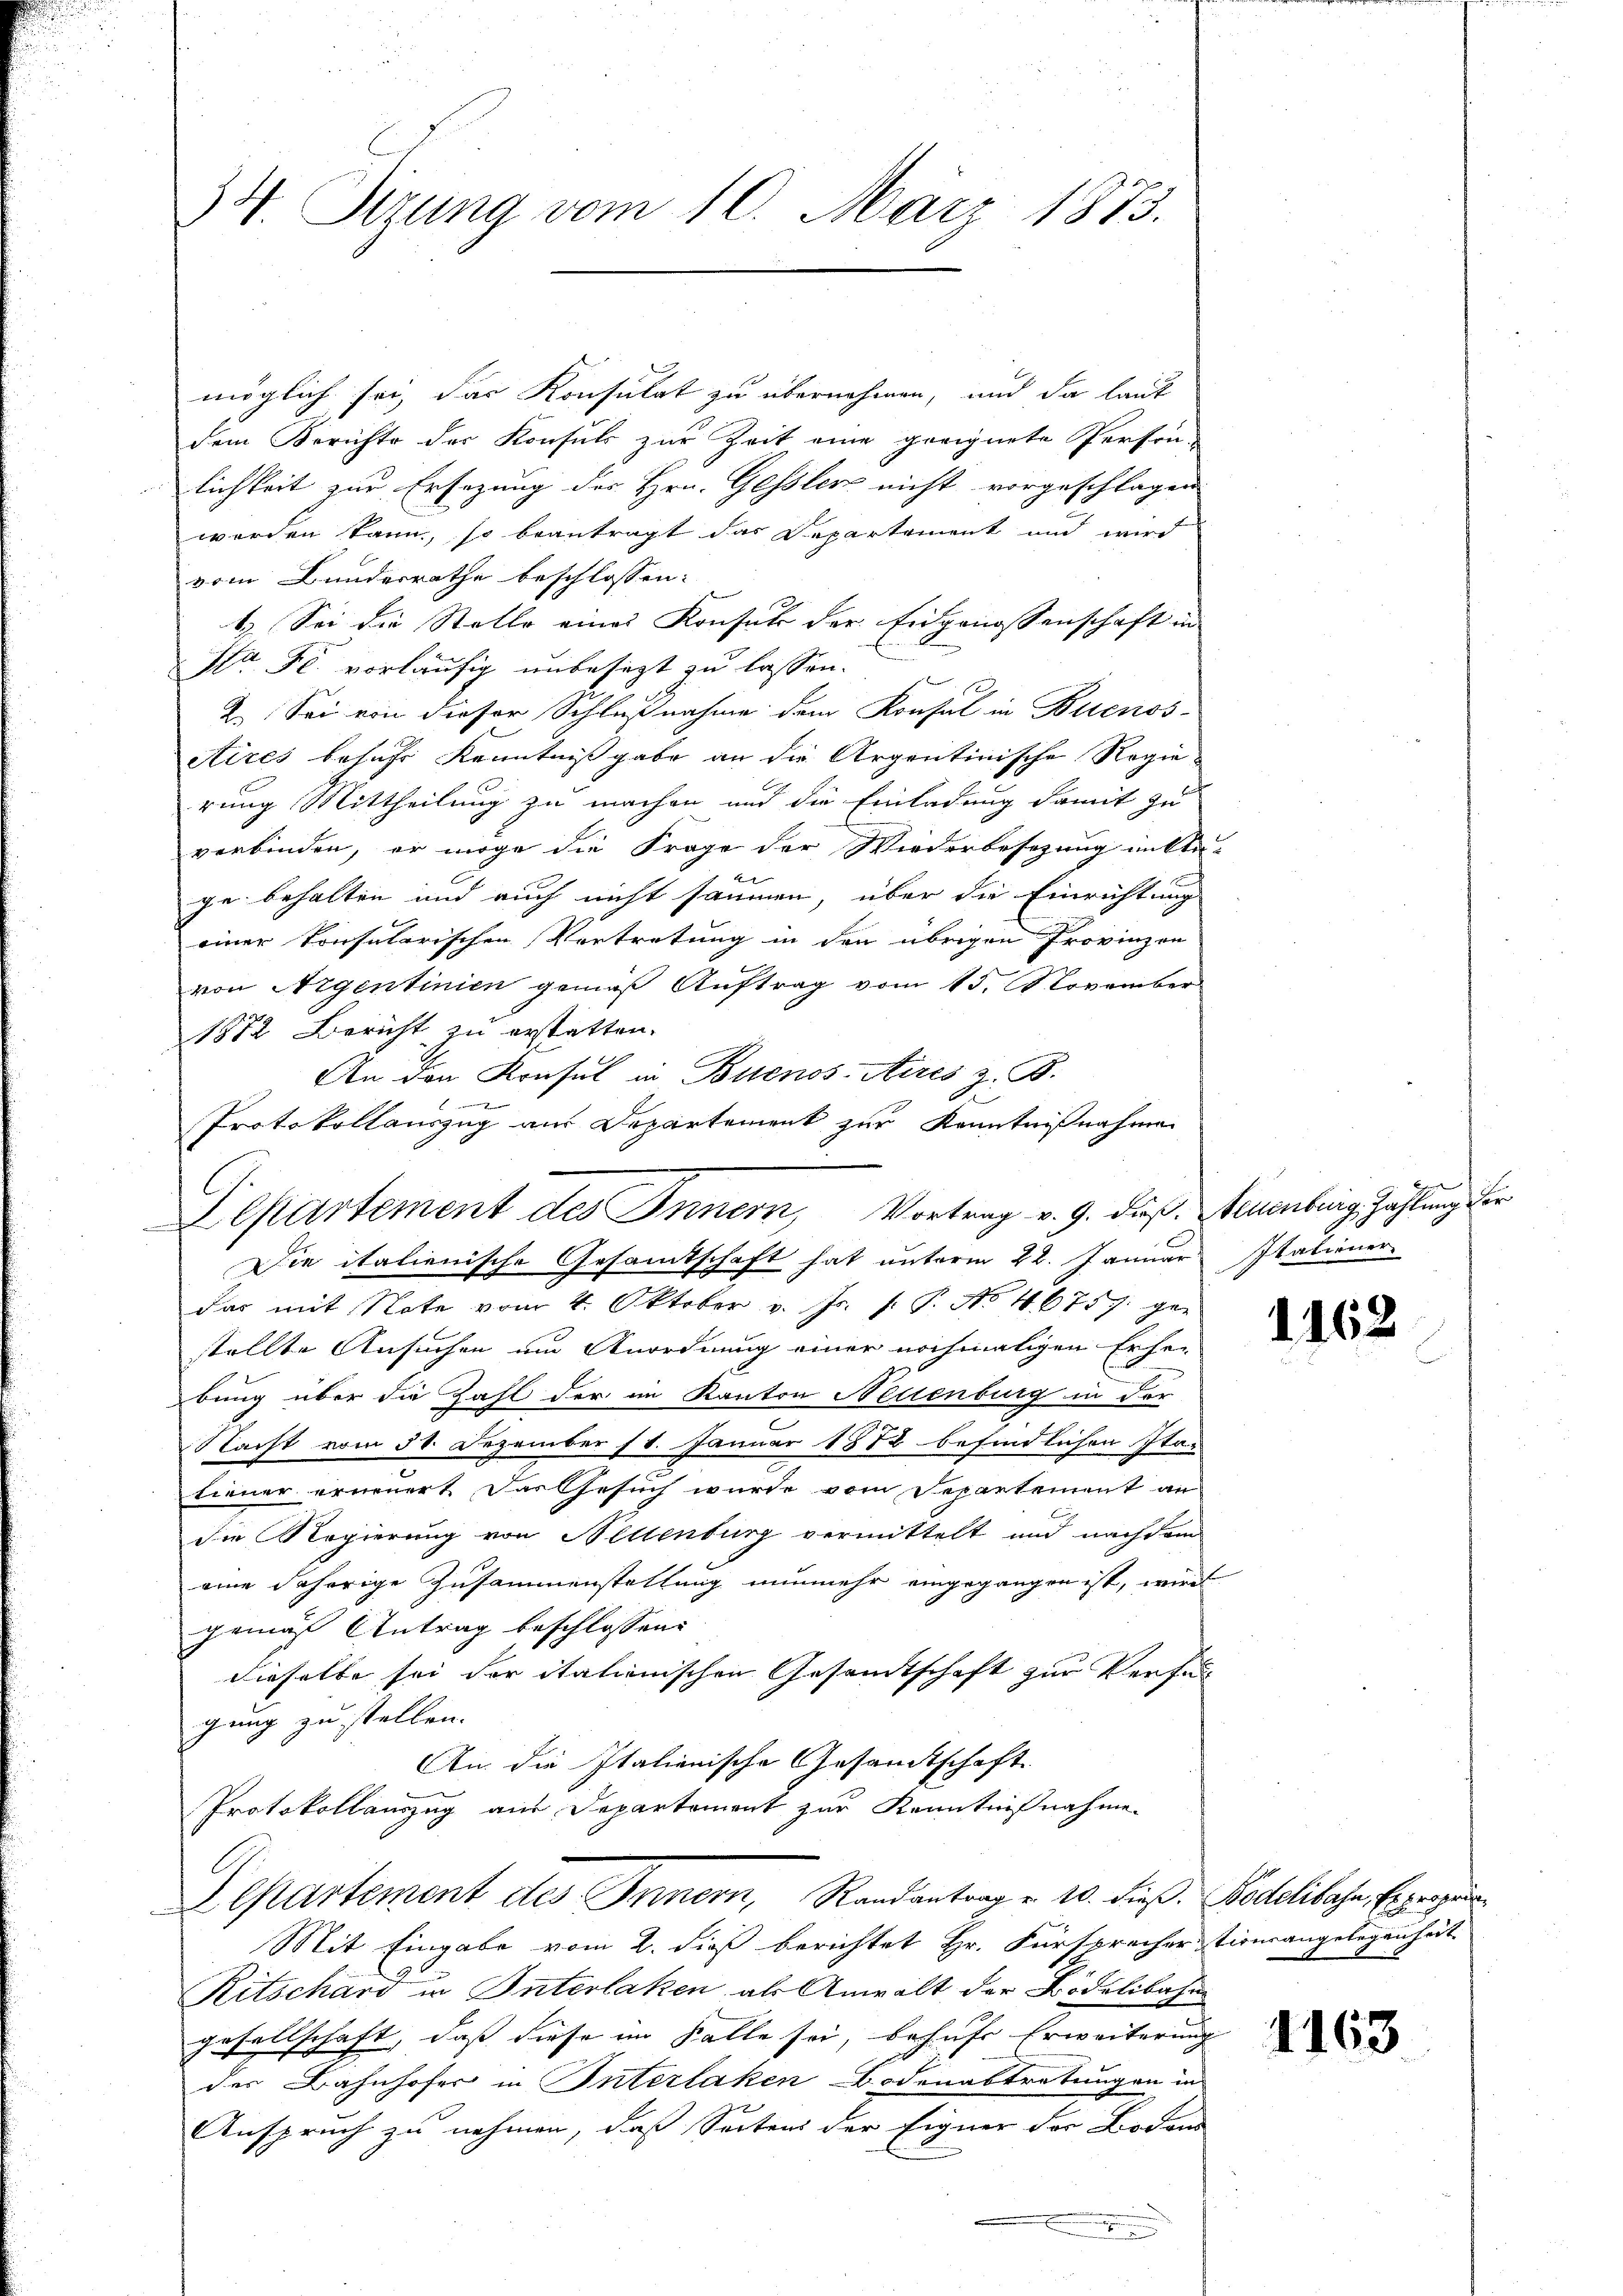
34. Sirung vom 10. März 1873.

Protokollauszug aus Departement zur Kenntnißnahme
Departement des Innern, Vortrag v. 9. dieß. Schenburg Zahlung der

möglich sei, das Konsulat zu übernehmen, und da laut
dem Berichte der Konsuls zur Zeit eine geeignete Person-
lichkeit zur Ersezung des Hrn. Gessler nicht vorgeschlagen
worden kann, so beantragt das Departement und wird
vom Bundesrathe beschlossen:
1. Sei die Stelle eines Konsuls der Eingenossenschaft in
Str. F. vorläufig unbesezt zu lassen.
2. Sei von dieser Schlußnahme dem Konsul in Buenos-
Aires besuche Kenntnißgabe an die Argentinische Regierung Mittheilung zu machen und die Einladung damit zu
verbinden, er möge die Frage der Wiederbesetzung in An-
2
ge behalten und auch nicht sammen, über die Einrichtung
einer konsularischen Vertretung in den übrigen Provinzen
von Aigentinien gemäß Auftrag vom 15. November
1872 Bericht zu erstatten.
An den Konsul in Buenos-Aires z. B.

Die italienische Gesamtschaft hat unterm 22. Januar Italiener
das mit Note vom 4. Oktober v. Js. f. P. No 46757. ge-
stellte Ansuchen um Anordnung einer nochmaligen Erfe-
bung über die Zahl der im Kanton Neuenburg in der
Nacht vom 31. Dezember 11. Januar 1872 befindlichen Itar
tiener erneuert. Das Gesuch wurde vom Separtement an
die Regierung von Hellenburg vermittelt und nachdem
eine daherige Zusammenstattung nunmehr eingegangen ist, wird
gemäß Antrag beschlossen:
dieselbe sei der italienischen Gesandtschaft zur Verfügung zu stellen.
An die Italienische Gesandtschaft
Protokollauszug aus Departement zur Kenntnißnahme
Departement des Innern, Randantrag v. 10. dieß. Pedelibahn, Erzeugen
Mit Eingabe vom 2. dieß berichtet Hr. Fürsprechertionsangelegenheit
Ritschard in Interlaken als Anwalt der Bödelibahn
gesellschaft, daß diese im Falle sei, behufe Erweiterung
der Bahnhofer in Interlaken Bodenabtretungen in
Anspruch zu nehmen, daß Seitens der Eigner der Boden
e

E

1162

1163